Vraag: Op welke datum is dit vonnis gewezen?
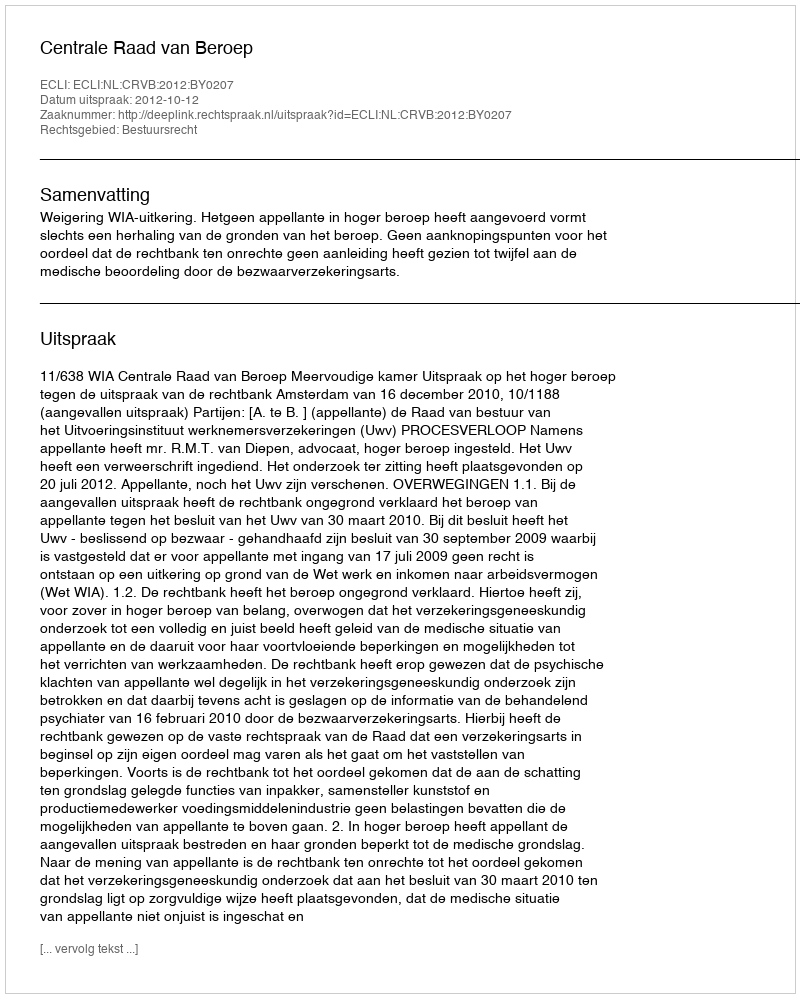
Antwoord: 2012-10-12